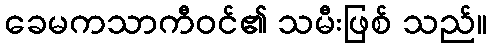
ခေမကသာကီဝင်၏ သမီးဖြစ် သည်။